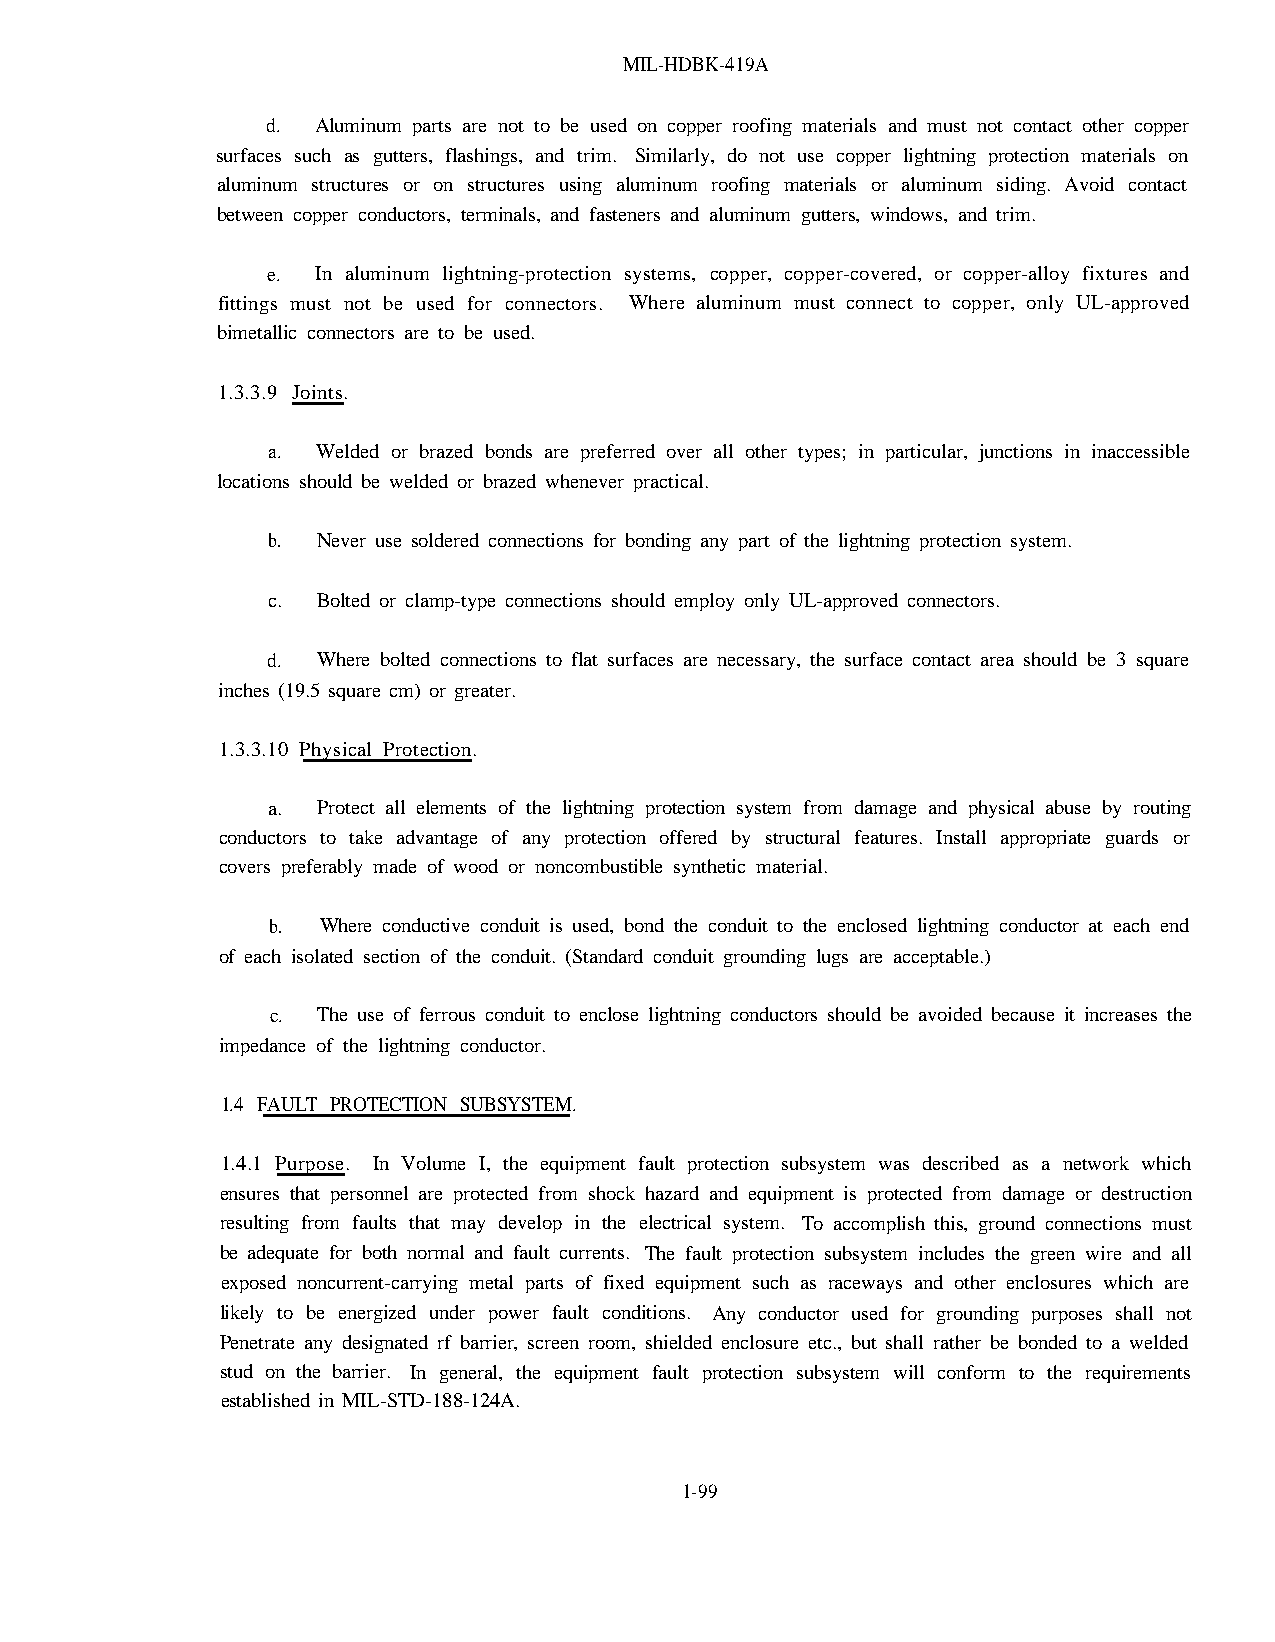
MIL-HDBK-419A
 d. Aluminum parts are not to be used on copper roofing materials and must not contact other copper
 surfaces such as gutters, flashings, and trim. Similarly, do not use copper lightning protection materials on
 aluminum structures or on structures using aluminum roofing materials or aluminum siding. Avoid contact
 between copper conductors, terminals, and fasteners and aluminum gutters, windows, and trim.
 e. In aluminum lightning-protection systems, copper, copper-covered, or copper-alloy fixtures and
 fittings must not be used for connectors. Where aluminum must connect to copper, only UL-approved
 bimetallic connectors are to be used.
 1.3.3.9 Joints.
 a. Welded or brazed bonds are preferred over all other types; in particular, junctions in inaccessible
 locations should be welded or brazed whenever practical.
 b. Never use soldered connections for bonding any part of the lightning protection system.
 c. Bolted or clamp-type connections should employ only UL-approved connectors.
 d. Where bolted connections to flat surfaces are necessary, the surface contact area should be 3 square
 inches (19.5 square cm) or greater.
 1.3.3.10 Physical Protection.
 a. Protect all elements of the lightning protection system from damage and physical abuse by routing
 conductors to take advantage of any protection offered by structural features. Install appropriate guards or
 covers preferably made of wood or noncombustible synthetic material.
 b. Where conductive conduit is used, bond the conduit to the enclosed lightning conductor at each end
 of each isolated section of the conduit. (Standard conduit grounding lugs are acceptable.)
 c. The use of ferrous conduit to enclose lightning conductors should be avoided because it increases the
 impedance of the lightning conductor.
 1.4 FAULT PROTECTION SUBSYSTEM.
 1.4.1 Purpose. In Volume I, the equipment fault protection subsystem was described as a network which
 ensures that personnel are protected from shock hazard and equipment is protected from damage or destruction
 resulting from faults that may develop in the electrical system. To accomplish this, ground connections must
 be adequate for both normal and fault currents. The fault protection subsystem includes the green wire and all
 exposed noncurrent-carrying metal parts of fixed equipment such as raceways and other enclosures which are
 likely to be energized under power fault conditions. Any conductor used for grounding purposes shall not
 Penetrate any designated rf barrier, screen room, shielded enclosure etc., but shall rather be bonded to a welded
 stud on the barrier. In general, the equipment fault protection subsystem will conform to the requirements
 established in MIL-STD-188-124A.
 1-99